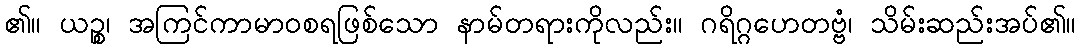
၏။ ယဉ္စ၊ အကြင်ကာမာဝစရဖြစ်သော နာမ်တရားကိုလည်း။ ဂရိဂ္ဂဟေတဗ္ဗံ၊ သိမ်းဆည်းအပ်၏။